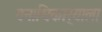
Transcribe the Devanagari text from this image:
वनाधिकार्‍याला